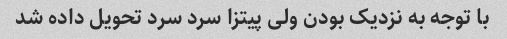
با توجه به نزدیک بودن ولی پیتزا سرد سرد تحویل داده شد